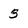
Character: 3